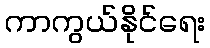
ကာကွယ်နိုင်ရေး